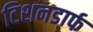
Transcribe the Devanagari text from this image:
टिशनडार्फ